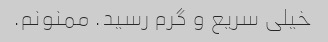
خیلی سریع و گرم رسید. ممنونم.